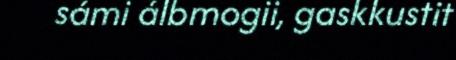
sámi álbmogii, gaskkustit